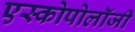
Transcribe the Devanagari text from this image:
एस्कोपोलॉजी